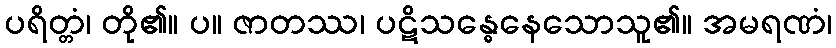
ပရိတ္တံ၊ တို၏။ ပ။ ဇာတဿ၊ ပဋိသန္ဓေနေသောသူ၏။ အမရဏံ၊